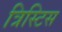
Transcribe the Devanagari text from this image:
त्रिस्टिस